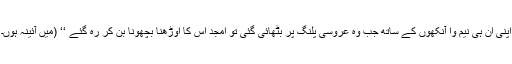
اپنی ان ہی نیم وا آنکھوں کے ساتھ جب وہ عروسی پلنگ پر بٹھائی گئی تو امجد اس کا اوڑھنا بچھونا بن کر رہ گئے ‘‘ (میں آئینہ ہوں۔